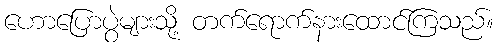
ဟောပြောပွဲများသို့ တက်ရောက်နားထောင်ကြသည်။